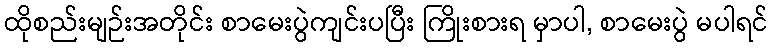
ထိုစည်းမျဉ်းအတိုင်း စာမေးပွဲကျင်းပပြီး ကြိုးစားရ မှာပါ, စာမေးပွဲ မပါရင်